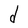
Character: d